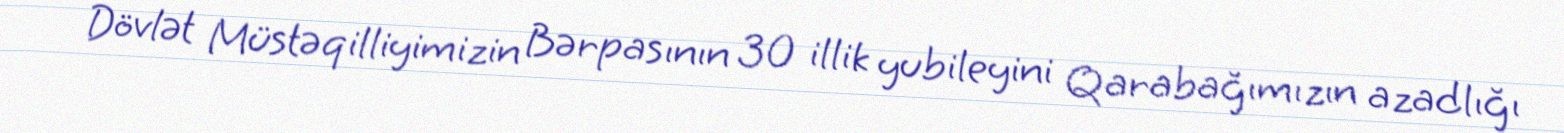
Dövlət Müstəqilliyimizin Bərpasının 30 illik yubileyini Qarabağımızın azadlığı